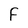
Character: F